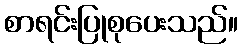
စာရင်းပြုစုပေးသည်။